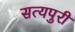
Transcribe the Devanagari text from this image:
सत्यपुरी